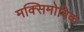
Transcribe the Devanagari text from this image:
मक्सिमोविक